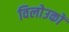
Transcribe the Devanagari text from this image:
विलोउकों